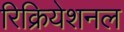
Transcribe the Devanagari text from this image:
रिक्रियेशनल